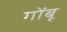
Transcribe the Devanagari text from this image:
गोंबू